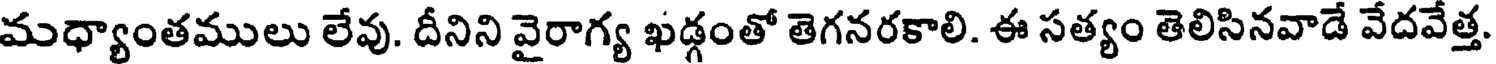
మధ్యాంతములు లేవు. దీనిని వైరాగ్య ఖడ్గంతో తెగనరకాలి. ఈ సత్యం తెలిసినవాడే వేదవేత్త